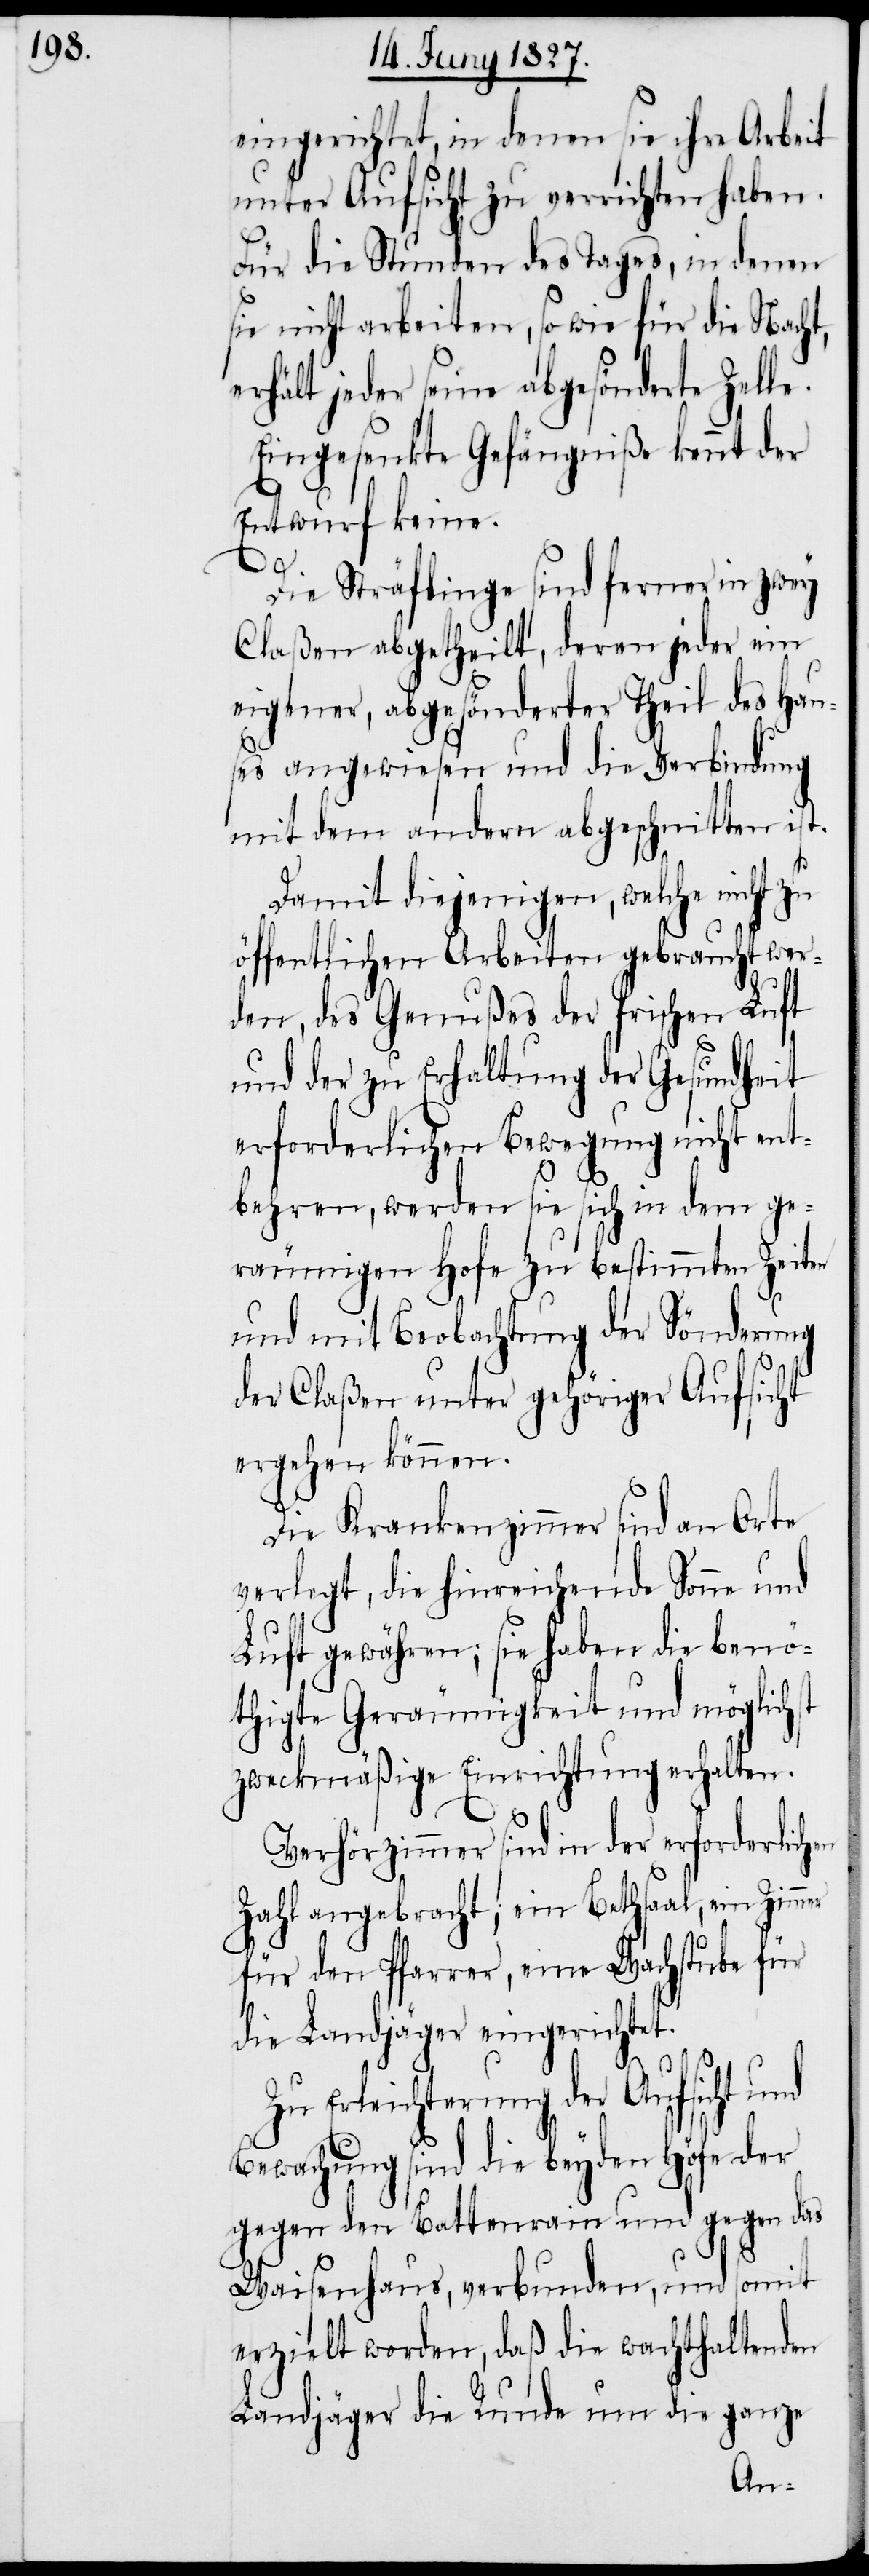
eingerichtet, in denen sie ihre Arbeit
unter Aufsicht zu verrichten haben.
Für die Stunden des Tages, in denen
sie nicht arbeiten, so wie für die Nacht,
erhält jeder seine abgesönderte Zelle.
Eingesenkte Gefängniße kennt der
Entwurf keine.
mer
Die Sträflinge sind ferner in zwey
Claßen abgetheilt, deren jeder ein
eigener, abgesönderter Theil des Hau¬
ses angewiesen und die Verbindung
mit dem andern abgeschnitten ist.
Damit diejenigen, welche nicht
öffentlichen Arbeiten gebraucht wer¬
den, des Genußes der frischen Luft
und der zu Erhaltung der Gesundheit
erforderlichen Bewegung nicht ent¬
behren, werden sie sich in dem ge¬
räumigen Hofe zu bestimmten Zeiten
und mit Beobachtung der Sönderung
der Claßen unter gehöriger Aufsicht
ergehen können.
Die Krankenzimmer sind an Orte
verlegt, die hinreichende Sonne und
Luft gewähren, sie haben die benö¬
thigte Geräumigkeit und möglichst
zweckmäßige Einrichtung erhalten.
Verhörzimmer sind in der erforderlichen
Zahl angebracht; ein Bethsaal, ein Zim¬
für den Pfarrer, eine Wachstube für
die Landjäger eingerichtet.
Zu Erleichterung der Aufsicht und
Bewachung sind die beyden Höfe der
gegen den Bettenrain und gegen das
Waisenhaus, verbunden, und somit
erzielt worden, daß die wachthaltenden
Landjäger die Runde um die ganze